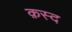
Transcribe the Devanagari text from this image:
क़स्द